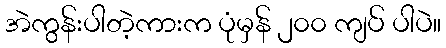
အဲကွန်းပါတဲ့ကားက ပုံမှန် ၂၀၀ ကျပ် ပါပဲ။